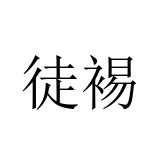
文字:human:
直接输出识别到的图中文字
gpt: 徒裼